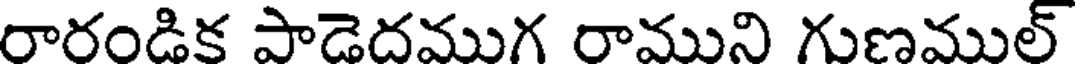
రారండిక పాడెదముగ రాముని గుణముల్